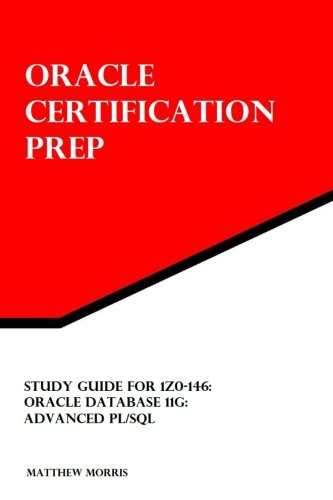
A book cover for Study Guide for 1Z0-146: Oracle Database 11g: Advanced PL/SQL (Oracle Certification Prep); Matthew Morris; Computers & Technology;